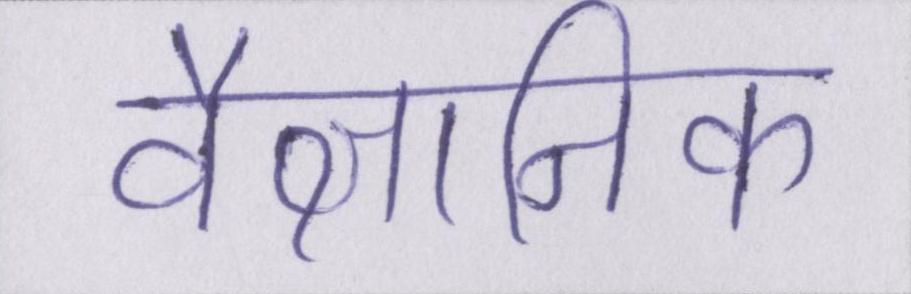
वैज्ञानिक